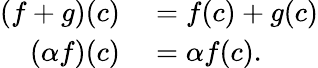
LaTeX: \begin{array}{rl}{(f+g)(c)}&{{}=f(c)+g(c)}\\ {(\alpha f)(c)}&{{}=\alpha f(c).}\end{array}